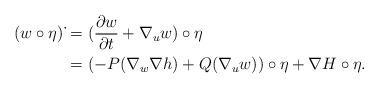
LaTeX: \begin{align*}(w\circ \eta)\,\dot{} & = ( \frac{\partial w}{\partial t} + \nabla_u w ) \circ \eta \\& = ( -P(\nabla_w \nabla h) + Q (\nabla_u w) ) \circ \eta + \nabla H \circ \eta.\end{align*}